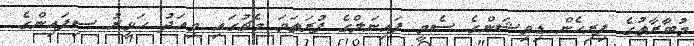
މުބާރާތުގެ ފިރިހެން ޑިވިޝަންގެ ސެމީ ފައިނަލްގެ ފުރަތަމަ މެޗުގައި މިއަދު ހަވީރު ސިފައިންގެ